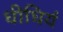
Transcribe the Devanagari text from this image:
धीधियं